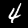
Digit: 4